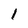
Character: 1